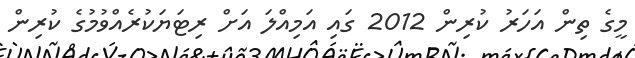
މީގެ ތިން އަހަރު ކުރިން 2012 ގައި އަމިއްލަ އަށް ރިޓަޔަކުރެއްވުމުގެ ކުރިން